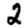
Digit: 2